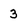
Character: 3